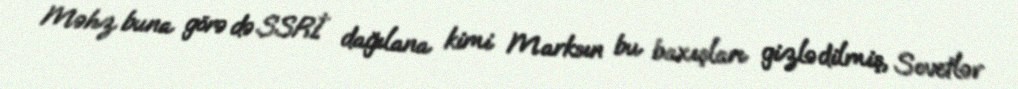
Məhz buna görə də SSRİ dağılana kimi Marksın bu baxışları gizlədilmiş, Sovetlər